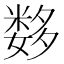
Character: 𰋖